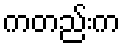
ကတည်းက